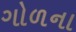
ગોળના